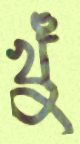
খুঁ